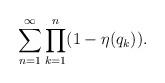
LaTeX: \begin{align*} \sum_{n=1}^\infty\prod_{k=1}^{n} (1-\eta(q_k)).\end{align*}